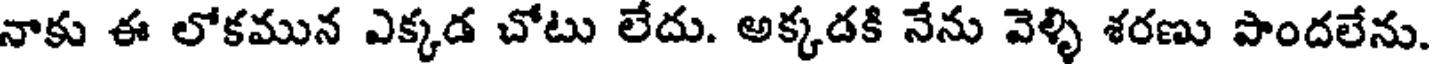
నాకు ఈ లోకమున ఎక్కడ చోటు లేదు. అక్కడకి నేను వెళ్ళి శరణు పాందలేను.